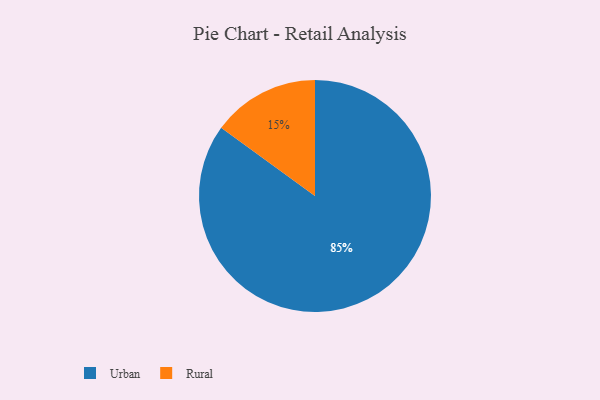
{"axis": {"x": "Category", "y": "Percentage"}, "legend": ["Rural", "Urban"], "data": [{"x": "Urban", "y": 85, "type": "Urban"}, {"x": "Rural", "y": 15, "type": "Rural"}]}